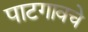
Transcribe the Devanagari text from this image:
पाटगावचे